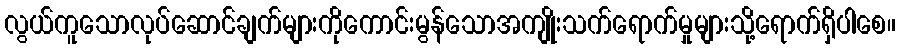
လွယ်ကူသောလုပ်ဆောင်ချက်များကိုကောင်းမွန်သောအကျိုးသက်ရောက်မှုများသို့ရောက်ရှိပါစေ။